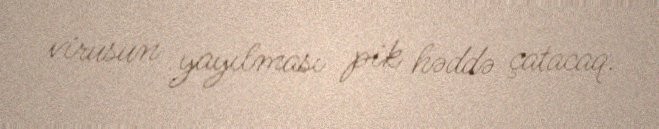
virusun yayılması pik həddə çatacaq.